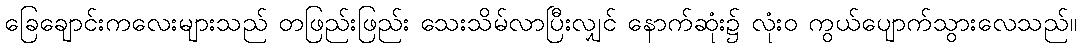
ခြေချောင်းကလေးများသည် တဖြည်းဖြည်း သေးသိမ်လာပြီးလျှင် နောက်ဆုံး၌ လုံးဝ ကွယ်ပျောက်သွားလေသည်။